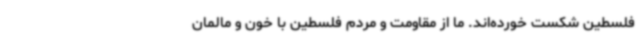
فلسطین شکست خورده‌اند. ما از مقاومت و مردم فلسطین با خون و مالمان